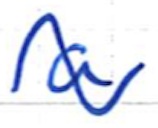
Text: a
Cross-out: mix
Writing tool: ballpoint